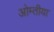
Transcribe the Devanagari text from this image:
ओम्तीया